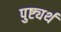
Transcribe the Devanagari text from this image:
पुष्ट्यर्थ